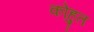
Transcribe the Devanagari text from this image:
कोहुत